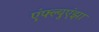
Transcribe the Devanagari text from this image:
एंफ्ल्युएंझा